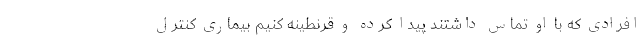
افرادی که با او تماس داشتند پیدا کرده و قرنطینه کنیم بیماری کنترل